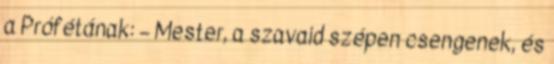
a Prófétának: – Mester, a szavaid szépen csengenek, és